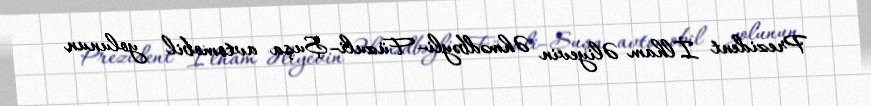
Prezident İlham Əliyevin Əhmədbəyli–Füzuli–Şuşa avtomobil yolunun